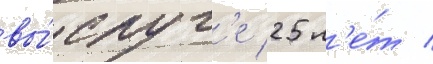
вы́слуг'е 25 л'е́т /